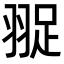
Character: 䎌